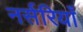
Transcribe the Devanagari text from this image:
नर्सरियाँ